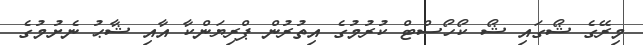
މިރޭގެ ޝޯގައި ޝޯ ކޯހޯސްޓް ކުރުމުގެ އިތުރުން ޕްރިޔަންކާ އާއި ޝާޙު ނެށުމުގެ